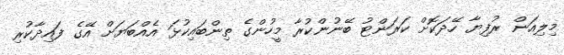
މިލިއަން ރުފިޔާ ހޭދަކޮށް ކަރަންޓު ބޭނުންކުރާ މީހުންގެ ތިންބައިކުޅަ އެއްބަޔަށް އޭގެ ފައިދާކުރި